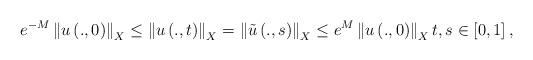
LaTeX: \begin{align*}e^{-M}\left\Vert u\left( .,0\right) \right\Vert _{X}\leq \left\Vert u\left(.,t\right) \right\Vert _{X}=\left\Vert \tilde{u}\left( .,s\right)\right\Vert _{X}\leq e^{M}\left\Vert u\left( .,0\right) \right\Vert _{X}t,s\in \left[ 0,1\right] , \end{align*}